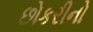
છોકરીનો